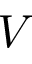
V